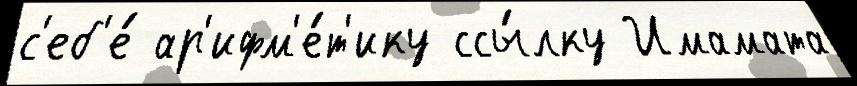
с'еб'е́ ар'ифм'е́т'ику ссы́лку Имамата